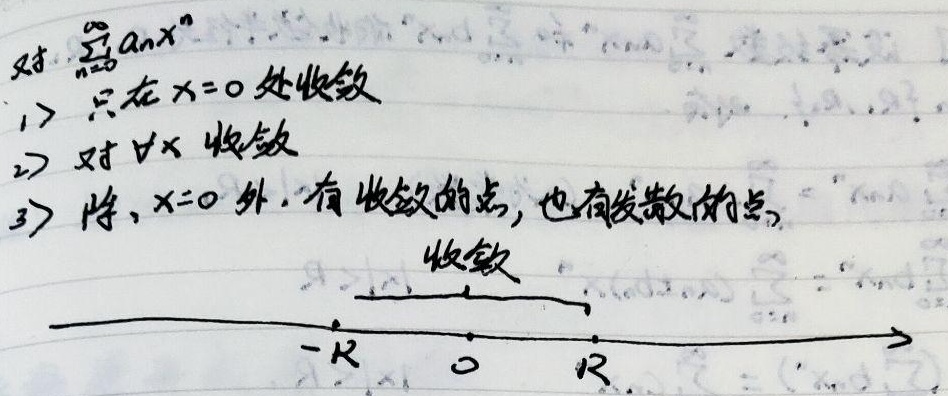
对\(\sum_{n = 0}^{\infty} a_{n}x^{n}\)：
1. 只在\(x = 0\)处收敛；
2. 对\(\forall x\)收敛；
3. 除\(x = 0\)外，有收敛的点，也有发散的点，收敛区间为\((-R, R)\)（这里推测你想表达收敛区间，在数轴上大概示意\(-R\)、\(0\)、\(R\)这几个关键点） 。